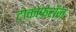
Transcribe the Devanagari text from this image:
टोकोफेरॉल